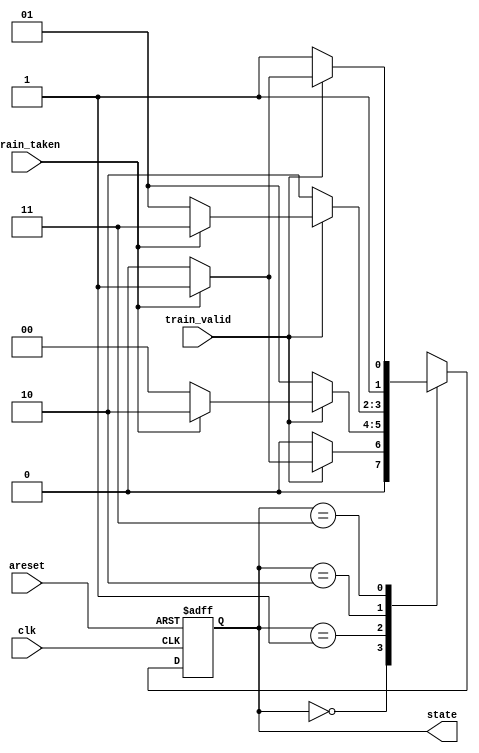
module top_module(
    input clk,
    input areset,
    input train_valid,
    input train_taken,
    output [1:0] state
);

    parameter SNT = 2'b00,WNT = 2'b01,WT = 2'b10,ST = 2'b11 ;
    reg [1:0] next_state;

    always @(*) begin
        case (state)
            SNT: next_state = train_valid? (train_taken?WNT:SNT):SNT;
            WNT: next_state = train_valid? (train_taken?WT:SNT):WNT;
            WT:  next_state = train_valid? (train_taken?ST:WNT):WT;
            ST:  next_state = train_valid? (train_taken?ST:WT):ST;
        endcase
    end

    always @(posedge clk ,posedge areset) begin
        if(areset)
            state <= WNT;
        else
            state <= next_state;
    end

endmodule